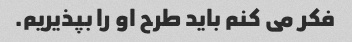
فکر می کنم باید طرح او را بپذیریم.